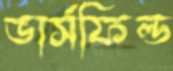
ভার্সফিল্ড